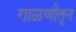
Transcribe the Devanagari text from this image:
गाळणीतून